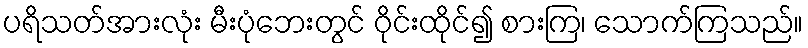
ပရိသတ်အားလုံး မီးပုံဘေးတွင် ဝိုင်းထိုင်၍ စားကြ၊ သောက်ကြသည်။